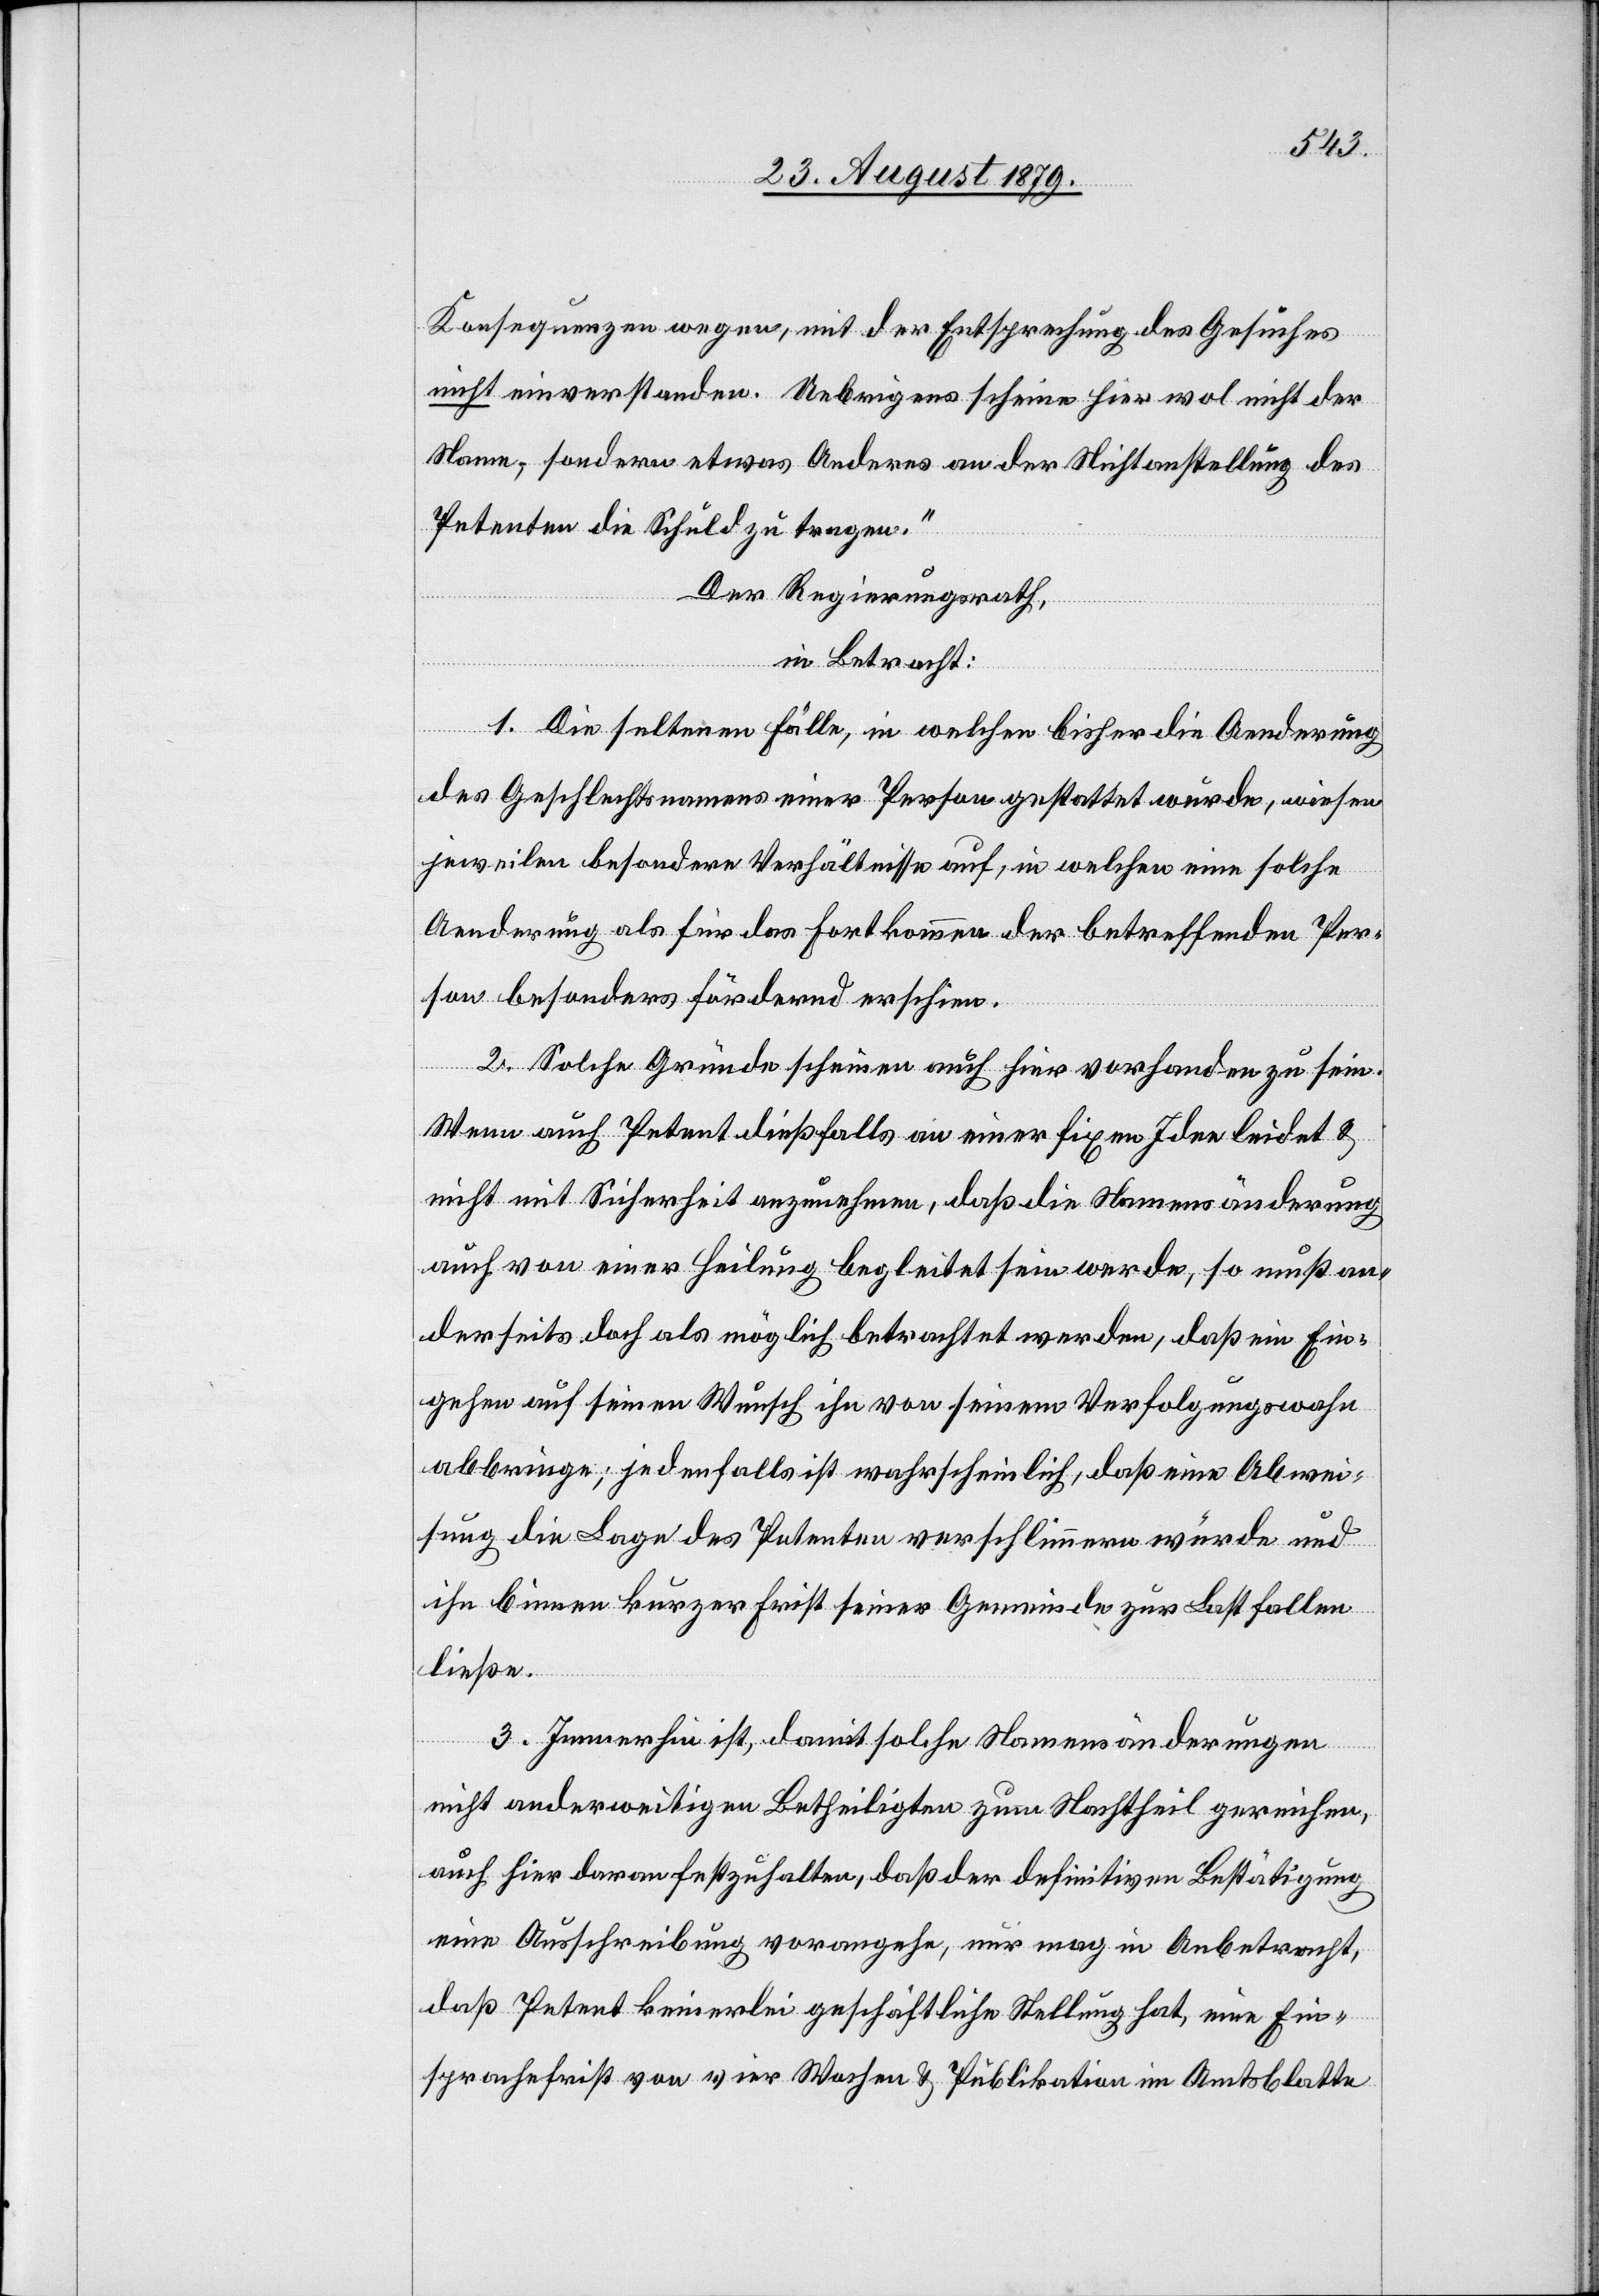
Konsequenzen wegen, mit der Entsprechung des Gesuches
nicht einverstanden. Uebrigens scheine hier wol nicht der
Name, sondern etwas Anderes an der Nichtanstellung des
Petenten die Schuld zu tragen.“
Der Regierungsrath,
in Betracht:
1. Die seltenen Fälle, in welchen bisher die Aenderung
des Geschlechtsnamens einer Person gestattet wurde, wiesen
jeweilen besondere Verhältnisse auf, in welchen eine solche
Aenderung als für das Fortkommen der betreffenden Per¬
son besonders fördernd erschien.
2. Solche Gründe scheinen auch hier vorhanden zu sein.
Wenn auch Petent dießfalls an einer fixen Idee leidet &
nicht mit Sicherheit anzunehmen, daß die Namensänderung
auch von einer Heilung begleitet sein werde, so muß an¬
derseits doch als möglich betrachtet werden, daß ein Ein¬
gehen auf seinen Wunsch ihn von seinem Verfolgungswahn
abbringe; jedenfalls ist wahrscheinlich, daß eine Abwei¬
sung die Lage des Petenten verschlimmern würde und
ihn binnen kurzer Frist seiner Gemeinde zur Last fallen
ließe.
3. Immerhin ist, damit solche Namensänderungen
nicht anderweitigen Betheiligten zum Nachtheil gereichen,
auch hier darauf festzuhalten, daß der definitiven Bestätigung
eine Ausschreibung vorangehe, nur mag in Anbetracht,
daß Petent keinerlei geschäftliche Stellung hat, eine Ein¬
sprachefrist von vier Wochen & Publikation im Amtsblatte